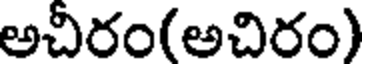
అచీరం(అచిరం)